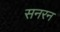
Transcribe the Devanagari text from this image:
सनरन